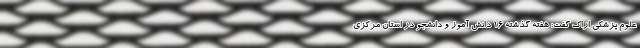
علوم پزشکی اراک گفت: هفته گذشته 16 دانش آموز و دانشجو در استان مرکزی